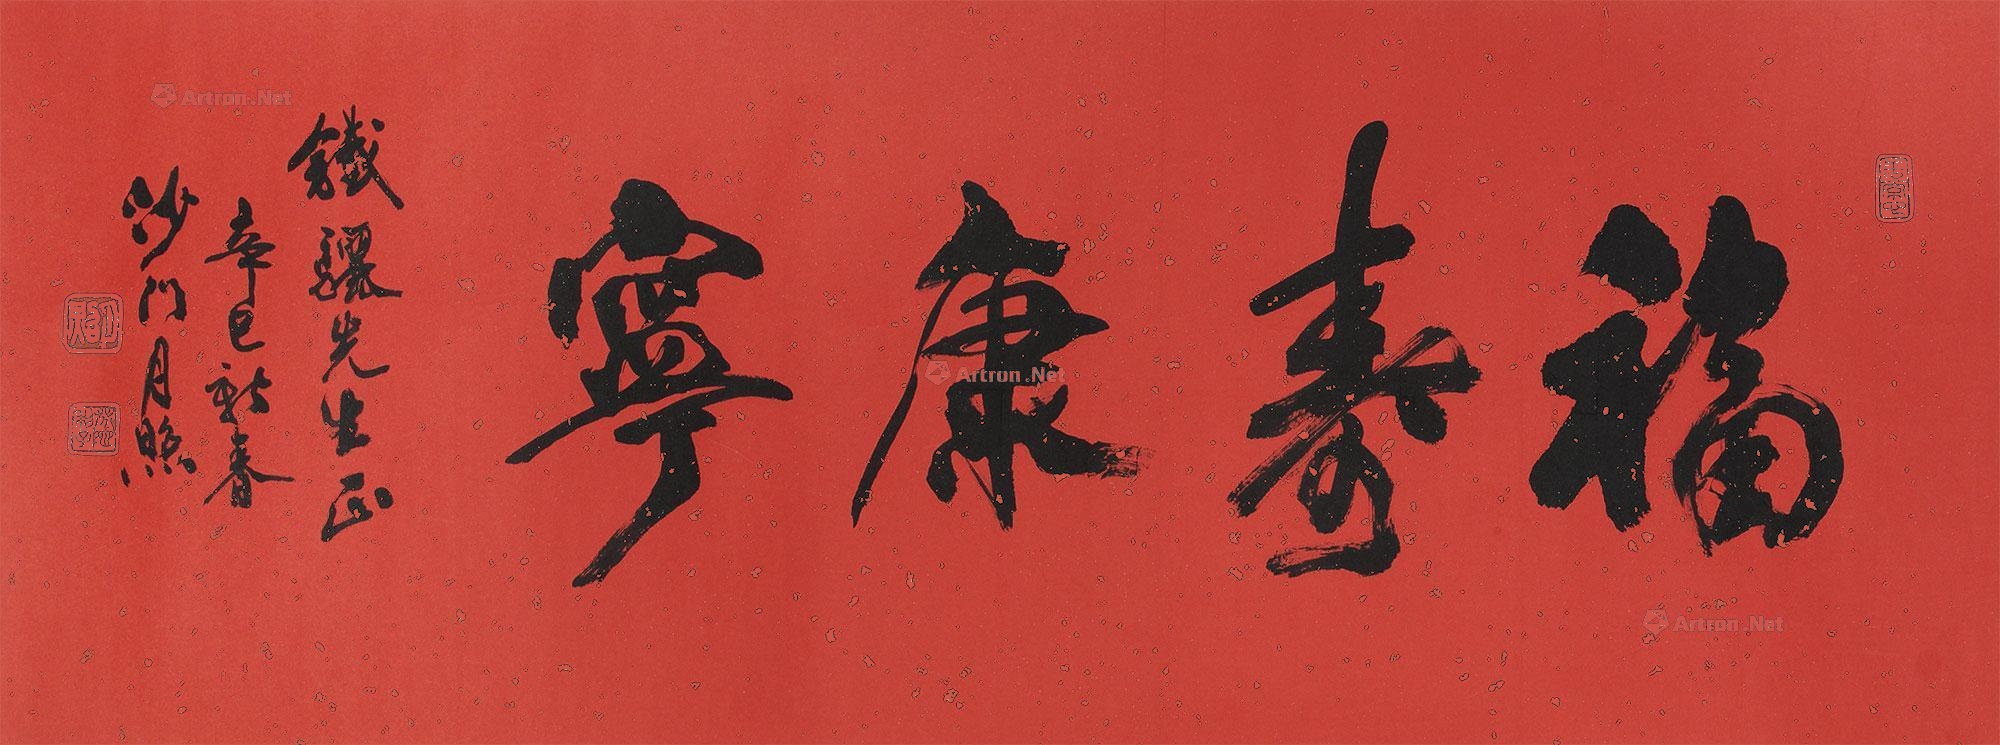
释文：福寿康宁铁骊先生正，辛巳新春，沙门月照。